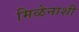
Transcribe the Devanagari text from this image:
मिळेनाशी